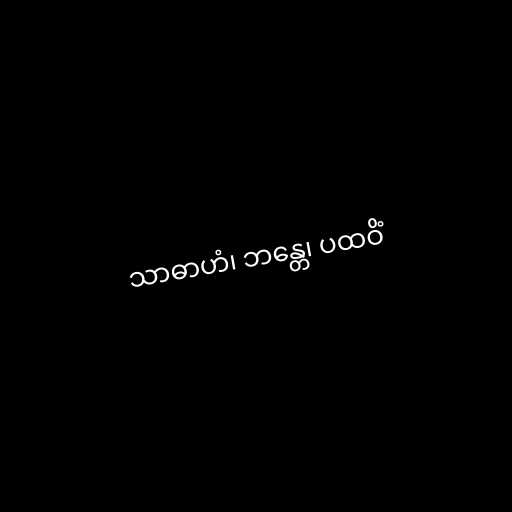
သာဓာဟံ၊ ဘန္တေ၊ ပထဝိံ